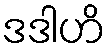
ဒဒါဟိ